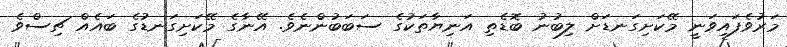
މަރުވެފައިވަނީ މޭކަށިގަނޑަށް ލިބުނު ބޮޑެތި އަނިޔާތަކުގެ ސަބަބުންނެވެ. އޭނާގެ މޭކަށިގަނޑުގެ ބައެއް ޗިސްވެ